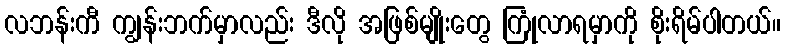
လဘန်းကီ ကျွန်းဘက်မှာလည်း ဒီလို အဖြစ်မျိုးတွေ ကြုံလာရမှာကို စိုးရိမ်ပါတယ်။